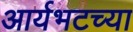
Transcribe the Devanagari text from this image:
आर्यभटच्या